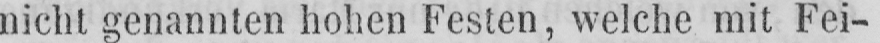
nicht genannten hohen Festen, welche mit Fei-